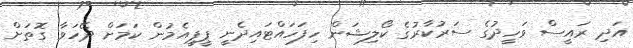
އަދި ރައީސް ވަހީދުގެ ސަރުކާރުގެ ކޯލިޝަން ހިފަހައްޓައިދެނީ ޕީޕީއެމުން ކަމަށް ދޭހަވާ ގޮތަށް